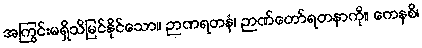
အကြွင်းမရှိသိမြင်နိုင်သော။ ဉာဏရတနံ၊ ဉာဏ်တော်ရတနာကို။ ကေနစိ၊